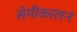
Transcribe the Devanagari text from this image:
सेमीकालन